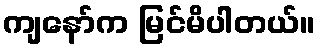
ကျနော်က မြင်မိပါတယ်။